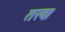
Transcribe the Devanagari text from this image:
तरवः।